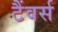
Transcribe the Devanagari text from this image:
टैंवर्स